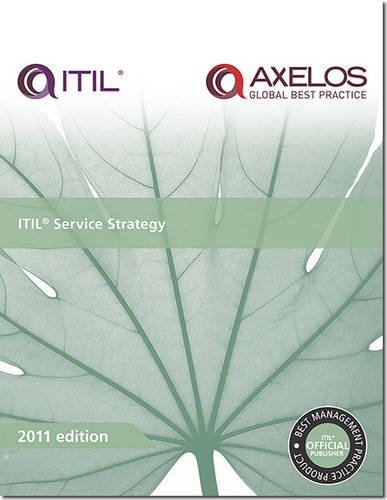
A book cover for ITIL Service Strategy; David Cannon; Politics & Social Sciences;